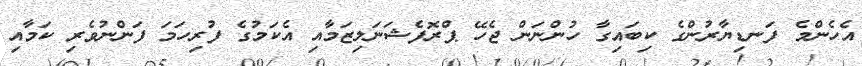
އެހެންމެ ފަނޑިޔާރުންގެ ކިބައިގާ ހުންނަން ޖެހޭ ޕްރޮފެޝަނަލިޒަމާއި އެކަމުގެ ފުރިހަމަ ފަންނުވެރި ކަމާއި